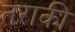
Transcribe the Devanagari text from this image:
तराकी